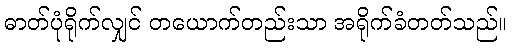
ဓာတ်ပုံရိုက်လျှင် တယောက်တည်းသာ အရိုက်ခံတတ်သည်။